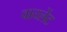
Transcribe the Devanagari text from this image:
वाय्लेंट